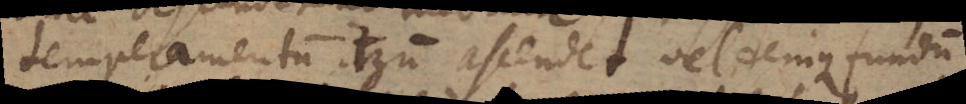
temperamentum iterum ascendet, vel denique fundum